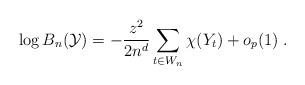
LaTeX: \begin{align*}&\log B_n ({\cal Y}) = -\frac{z^2}{2 n^{d}}\sum_{t\in W_n} \chi(Y_t)+o_p(1)\;.\end{align*}